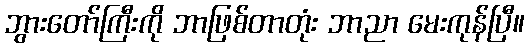
ဘွားတော်ကြီးကို ဘာဖြစ်တာတုံး ဘာညာ မေးကုန်ပြီ။